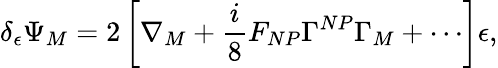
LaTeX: \delta_{\epsilon}\Psi_{M}=2\left[\nabla_{M}+\frac{i}{8}F_{NP}\Gamma^{NP}\Gamma_{M}+\cdots\right]\epsilon,